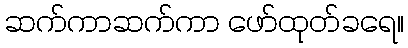
ဆက်ကာဆက်ကာ ဖော်ထုတ်ခရေ။